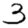
Digit: 3